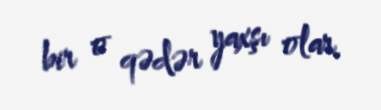
bir o qədər yaxşı olar.